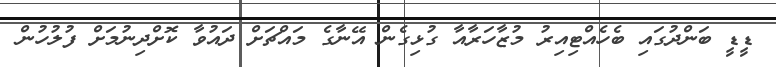
ޑީޑީ ބަންދުގައި ބެހެއްޓިއިރު މުޒާހަރާއާ ގުޅިގެން އޭނާގެ މައްޗަށް ދައުވާ ކޮށްދިނުމަށް ފުލުުހުން